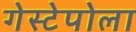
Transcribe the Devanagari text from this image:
गेस्टेपोला